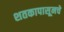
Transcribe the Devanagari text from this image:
शतकापासूनचे